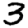
Digit: 3